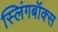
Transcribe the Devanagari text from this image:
स्लिंगबॉक्स